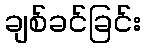
ချစ်ခင်ခြင်း